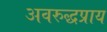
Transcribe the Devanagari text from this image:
अवरुद्धप्राय